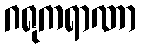
ဂရုကရာဏာ